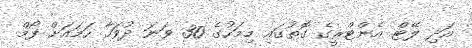
އަދި ލޭޓް އެންޓްރީގެ ގޮތުގައި މިމަހުގެ 30 ވަނަ ދުވަހާ ހަމައަށް ފޯމް